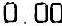
0.00